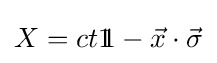
X=ct1\!\!1-{\vec {x}}\cdot {\vec {\sigma }}